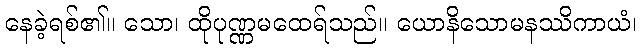
နေခဲ့ရစ်၏။ သော၊ ထိုပုဏ္ဏမထေရ်သည်။ ယောနိသောမနဿိကာယံ၊